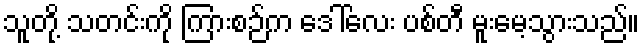
သူတို့ သတင်းကို ကြားစဉ်က ဒေါ်လေး ပစ်တီ မူးမေ့သွားသည်။